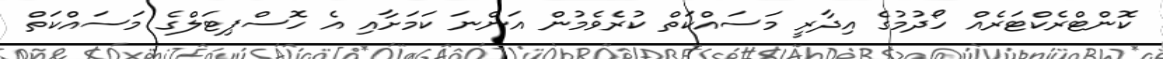
ކޮންޓްރެކްޓަރެއް ހޯދުމުގެ އިދާރީ މަސައްކަތް ކުރެވެމުން އަންނަ ކަމަށާއި އެ ހޮސްޕިޓަލްގެ މަސައްކަތް